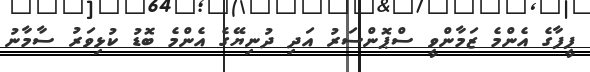
ފީފާގެ އެންމެ ޒަމާންވީ ސްޕޮންސަރު އަދި ދުނިޔޭގެ އެންމެ ބޮޑު ކުޅިވަރު ސާމާނު